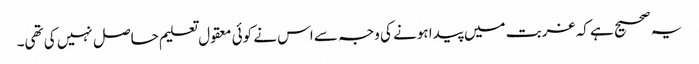
یہ صحیح ہے کہ غربت میں پیدا ہونے کی وجہ سے اس نے کوئی معقول تعلیم حاصل نہیں کی تھی۔